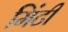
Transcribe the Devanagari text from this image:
मिंटी